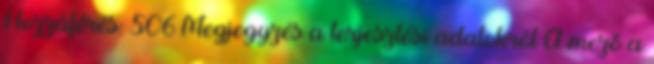
Hozzáférés: 506 Megjegyzés a terjesztési adatokról A mező a